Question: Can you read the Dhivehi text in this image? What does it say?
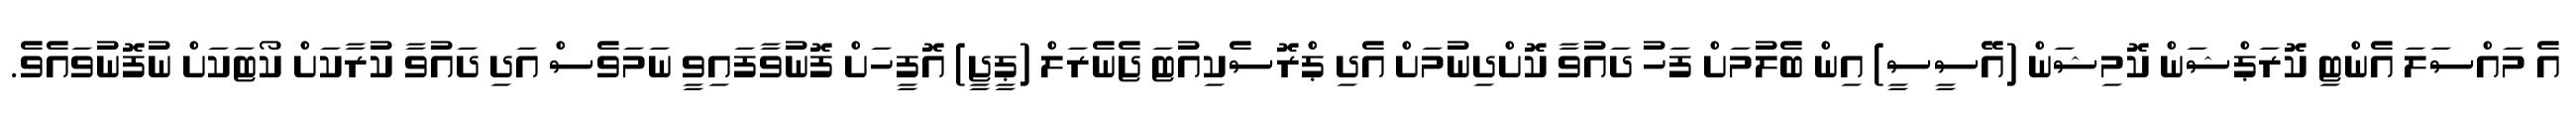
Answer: އެ މައްސަލަ އެންޓި ކޮރަޕްޝަން ކޮމިޝަން (އޭސީސީ) އިން ބެލުމަށް ފަހު ދައުވާ ކޮށްދިނުމަށް އެދި ޕްރޮސެކިއުޓަ ޖެނެރަލް (ޕީޖީ) އޮފީހަށް ފޮނުވާފައިވީ ނަމަވެސް އަދި ދައުވާ ކުރާކަށް ކޯޓަކަށް ނުފޮނުވައެވެ.